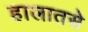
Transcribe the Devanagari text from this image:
हालातसे